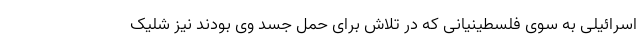
اسرائیلی به سوی فلسطینیانی که در تلاش برای حمل جسد وی بودند نیز شلیک